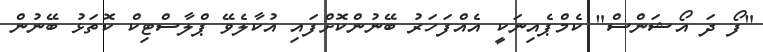
"ފޯ ދަ އޯޝަންސް" ކެމްޕެއިނަކީ އެއްފަހަރު ބޭނުންކޮށްފައި އުކާލެވޭ ޕްލާސްޓިކް ކޮތަޅު ބޭނުން